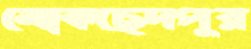
মোকছেদপুর